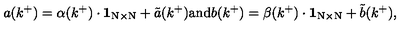
a ( k ^ { + } ) = \alpha ( k ^ { + } ) \cdot \mathrm { { \bf 1 } _ { N \times N } } + { \tilde { a } } ( k ^ { + } ) \mathrm { a n d } b ( k ^ { + } ) = \beta ( k ^ { + } ) \cdot \mathrm { { \bf 1 } _ { N \times N } } + { \tilde { b } } ( k ^ { + } ) ,